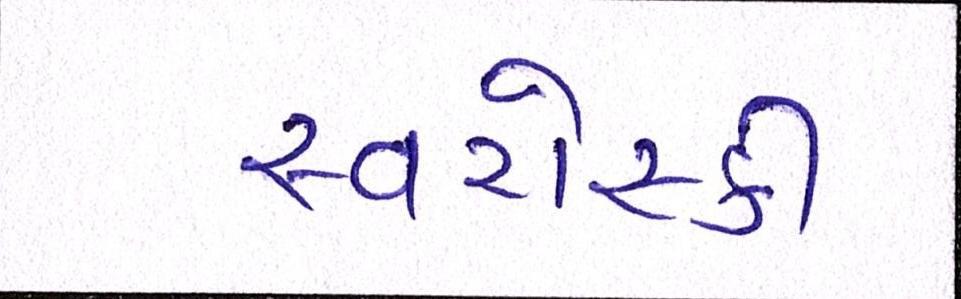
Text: સ્વરોસ્કી